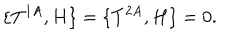
\{ T ^ { 1 A } , H \} = \{ T ^ { 2 A } , H \} = 0 .